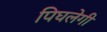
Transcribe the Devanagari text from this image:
पिघलेगी